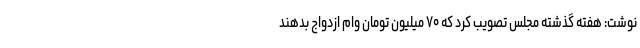
نوشت: هفته گذشته مجلس تصویب کرد که ۷۰ میلیون تومان وام ازدواج بدهند